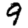
Digit: 9